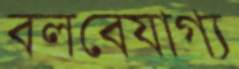
বলবেযাগ্য